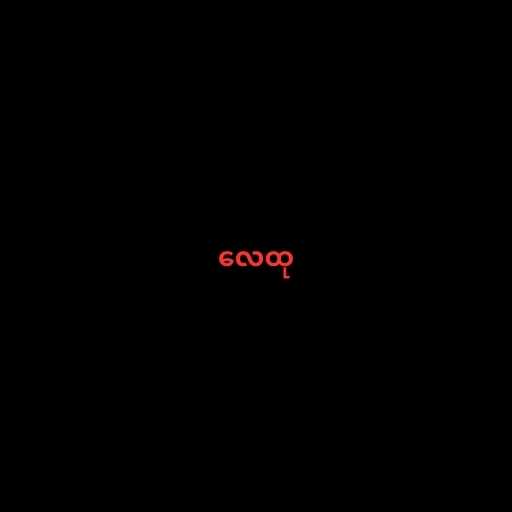
လေထု